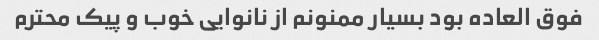
فوق العاده بود بسیار ممنونم از نانوایی خوب و پیک محترم